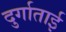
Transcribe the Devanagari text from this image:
दुर्गाताई